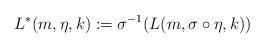
LaTeX: \begin{align*} L^\ast(m,\eta,k) := \sigma^{-1}(L(m,\sigma \circ \eta,k))\end{align*}